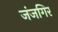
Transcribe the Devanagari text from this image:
जंजगिर